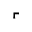
\ulcorner